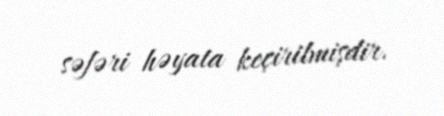
səfəri həyata keçirilmişdir.